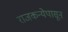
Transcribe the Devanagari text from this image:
राजकन्येपासून